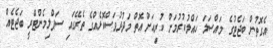
އެގޮތުން ބަޖެޓުގެ މައްސަލަ ހައްލުކުރުމަށް ކުރިއަށް އޮތް މަދުދުވަސްކޮޅެއްގެ ތެރޭގައި ސަޕްލިމެންޓްރީ ބަޖެޓެއް